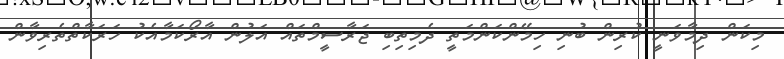
މިކަން ދިމާވަނީ ކުރިން ބުނި ހިމޭންކަންމަތީ ދެމިތިބި ޖަރާސީމްތައް އަލުން އާރޯކަމާއެކު ހަރަކާތްތެރިވާން